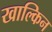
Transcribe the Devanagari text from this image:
खाल्किन